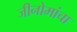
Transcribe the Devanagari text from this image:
जीनोमांचा